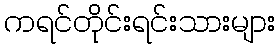
ကရင်တိုင်းရင်းသားများ